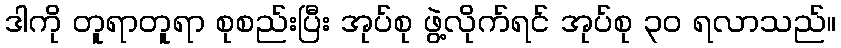
ဒါကို တူရာတူရာ စုစည်းပြီး အုပ်စု ဖွဲ့လိုက်ရင် အုပ်စု ၃၀ ရလာသည်။